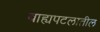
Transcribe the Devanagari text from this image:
बाह्यपटलातील